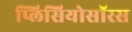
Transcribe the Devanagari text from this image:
प्लिसियोसॉरस